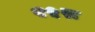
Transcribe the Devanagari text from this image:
२५रू